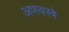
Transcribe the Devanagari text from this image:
अणवस्त्रे